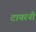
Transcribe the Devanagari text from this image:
टायरनी